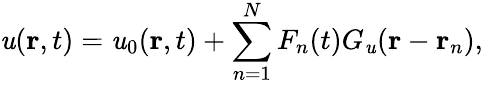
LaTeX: \mathit{u}(\mathbf{{r}},t)=\mathit{u}_{0}(\mathbf{{r}},t)+\sum_{n=1}^{N}F_{n}(t)G_{\mathit{u}}(\mathbf{{r}}-\mathbf{{r}}_{n}),